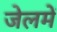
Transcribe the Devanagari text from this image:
जेलमें